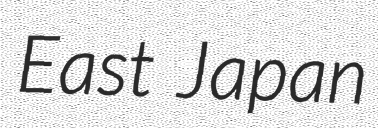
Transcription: East Japan